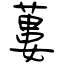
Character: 蔞